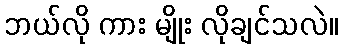
ဘယ်လို ကား မျိုး လိုချင်သလဲ။